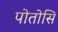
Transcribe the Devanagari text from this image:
पोतोसि